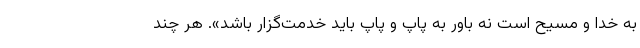
به خدا و مسیح است نه باور به پاپ و پاپ باید خدمت‌گزار باشد». هر چند